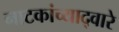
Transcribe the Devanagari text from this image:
नाटकांच्याद्वारे